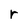
Character: r